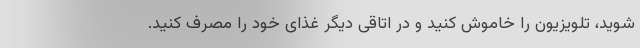
شوید، تلویزیون را خاموش کنید و در اتاقی دیگر غذای خود را مصرف کنید.